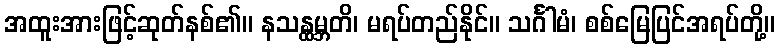
အထူးအားဖြင့်ဆုတ်နစ်၏။ နသန္ထမ္ဘတိ၊ မရပ်တည်နိုင်။ သင်္ဂါမံ၊ စစ်မြေပြင်အရပ်တို့။